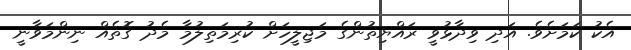
އެކު ކަމަށެވެ. އަދި ވިދާޅުވީ ރައްޔިތުންގެ މަޖިލީހަށް ކުރިމަތިލުމާ މެދު ގޮތެއް ނިންމަވާނީ